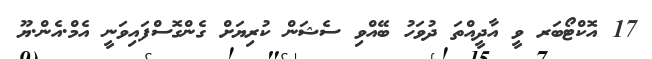
17 އޮކްޓޯބަރ ވީ އާދީއްތަ ދުވަހު ބޭއްވި ސެޝަން ކުރިޔަށް ގެންގޮސްފައިވަނީ އެމް.އެން.ޔޫ